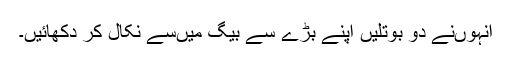
انہوں‌نے دو بوتلیں اپنے بڑے سے بیگ میں‌سے نکال کر دکھائیں۔